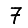
Digit: 7